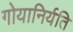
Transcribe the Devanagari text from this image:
गोयानिर्यति